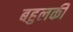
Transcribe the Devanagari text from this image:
बहुलकी